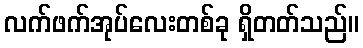
လက်ဖက်အုပ်လေးတစ်ခု ရှိတတ်သည်။